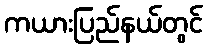
ကယားပြည်နယ်တွင်